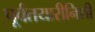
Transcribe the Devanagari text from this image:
पूर्वतयारीनिशी